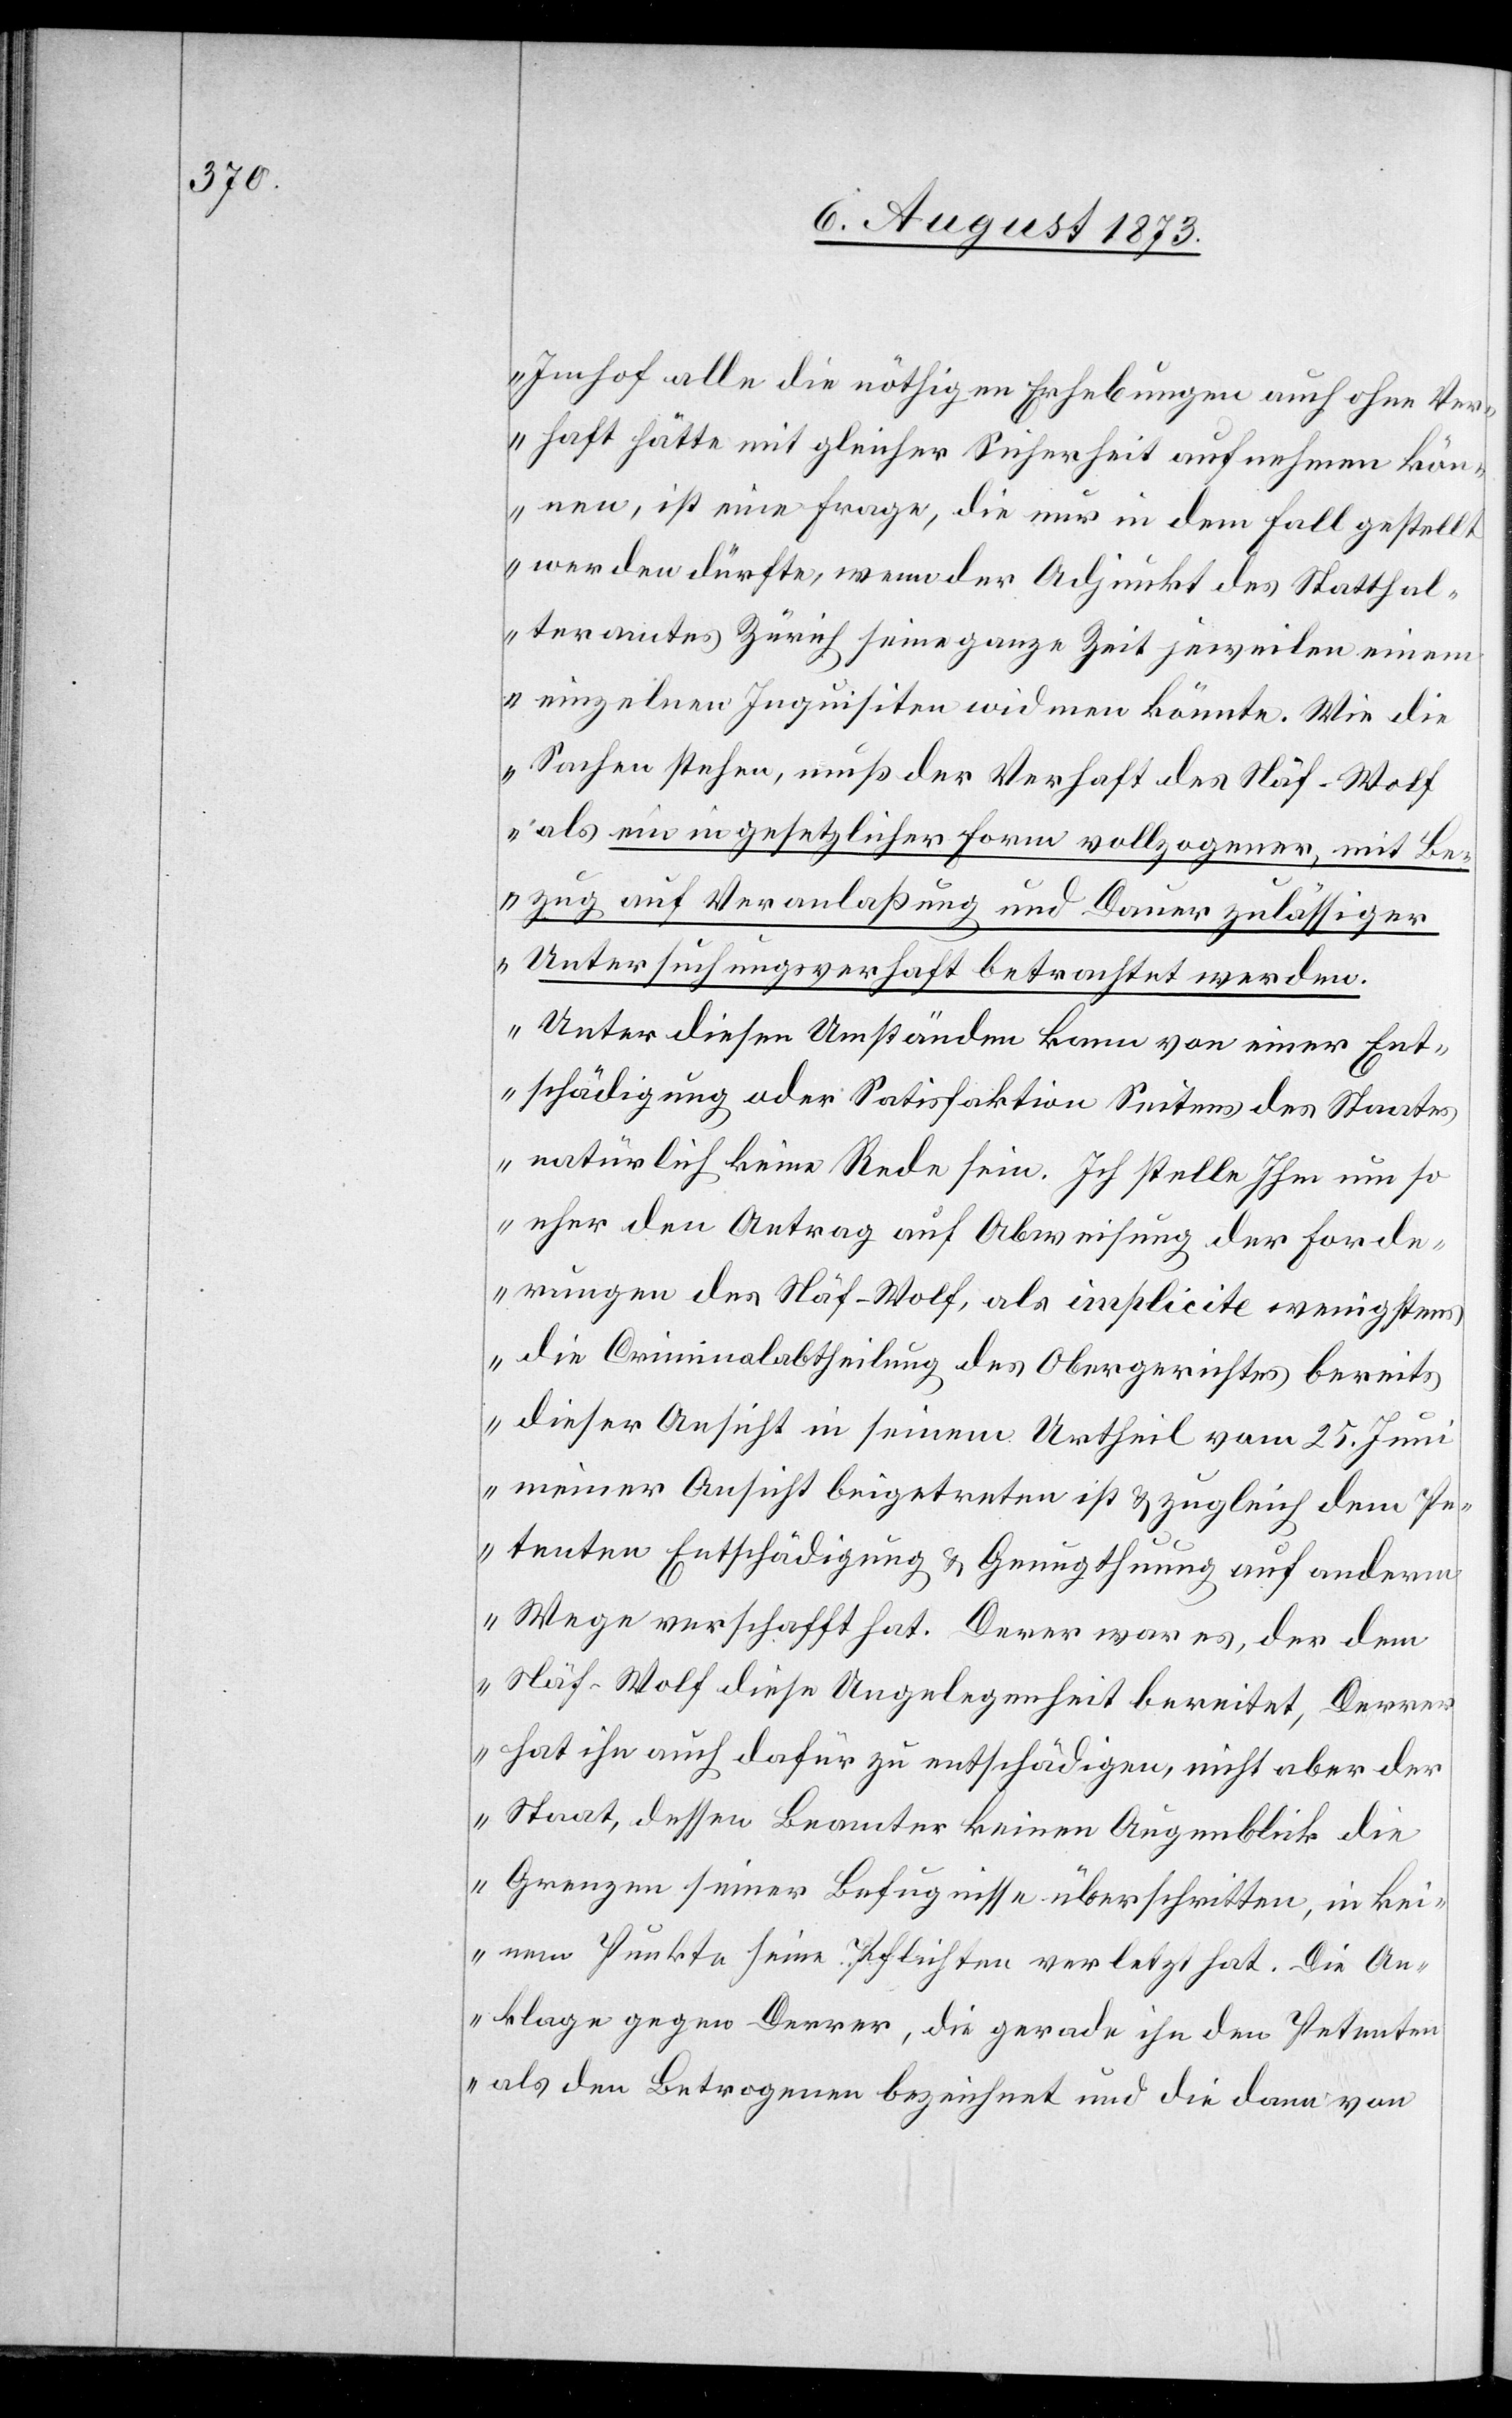
Imhof alle die nöthigen Erhebungen auch ohne Ver¬
haft hätte mit gleicher Sicherheit aufnehmen kön¬
nen, ist eine Frage, die nur in dem Fall gestell¬
t werden dürfte, wenn der Adjunkt des Statthal¬
teramtes Zürich seine ganze Zeit jeweilen einem
einzelnen Inquisiten widmen könnte. Wie die
Sachen stehen, muß der Verhaft des Näf-Wolf
als ein in gesetzlicher Form vollzogener, mit Be¬
zug auf Veranlaßung und Dauer zulässiger
Untersuchungsverhaft betrachtet werden.
Unter diesen Umständen kann von einer Ent¬
schädigung oder Satisfaktion Seitens des Staates
natürlich keine Rede sein. Ich stelle Ihm um so
eher den Antrag auf Abweisung der Forde¬
rungen des Näf-Wolf, als implicite wenigstens
die Criminalabtheilung des Obergerichtes bereits
dieser Ansicht in seinem Urtheil vom 25. Juni
meiner Ansicht beigetreten ist & zugleich dem Pe¬
tenten Entschädigung & Genugthuung auf anderm
Wege verschafft hat. Derer [sic!] war es, der dem
Näf-Wolf diese Ungelegenheit bereitet, Derre¬
r hat ihn auch dafür zu entschädigen, nicht aber der
Staat, dessen Beamter keinen Augenblick die
Grenzen seiner Befugnisse überschritten, in kei¬
nem Punkte seine Pflichten verletzt hat. Die An¬
klage gegen Derrer, die gerade ihn den Petenten
als den Betrogenen bezeichnet und die dann von